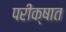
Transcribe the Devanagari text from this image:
परीक्षात